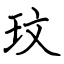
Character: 玟